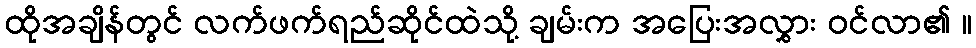
ထိုအချိန်တွင် လက်ဖက်ရည်ဆိုင်ထဲသို့ ချမ်းက အပြေးအလွှား ဝင်လာ၏ ။